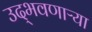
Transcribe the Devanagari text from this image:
उद्‌भवणाऱ्या